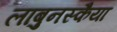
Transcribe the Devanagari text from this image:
लाबुनस्कैया